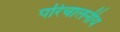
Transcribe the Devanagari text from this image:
परिचालनीय